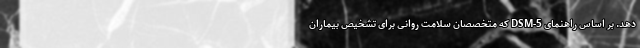
دهد. بر اساس راهنمای DSM-5 که متخصصان سلامت روانی برای تشخیص بیماران